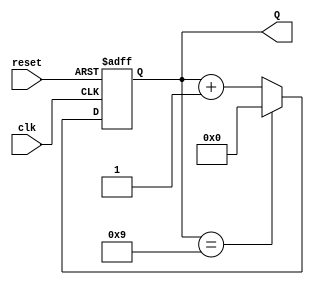
module bcd_counter (
    input wire clk,        // Clock input
    input wire reset,      // Asynchronous reset
    output reg [3:0] Q     // 4-bit output for BCD value
);

// Always block for the BCD counter
always @(posedge clk or posedge reset) begin
    if (reset) begin
        Q <= 4'b0000;      // Reset the counter to 0
    end else begin
        if (Q == 4'b1001) begin
            Q <= 4'b0000;  // Reset to 0 after reaching 9
        end else begin
            Q <= Q + 1;    // Increment the counter
        end
    end
end

endmodule